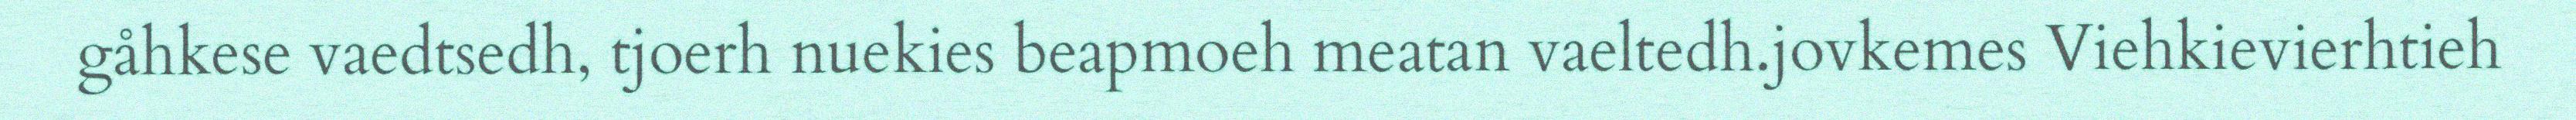
gåhkese vaedtsedh, tjoerh nuekies beapmoeh meatan vaeltedh.jovkemes Viehkievierhtieh